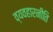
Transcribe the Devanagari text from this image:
व्यवहारनीति